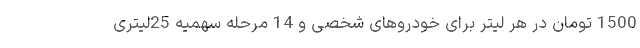
1500 تومان در هر لیتر برای خودروهای شخصی و 14 مرحله سهمیه 25لیتری